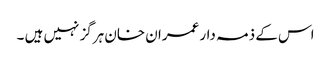
اس کے ذمہ دار عمران خان ہرگز نہیں ہیں ۔